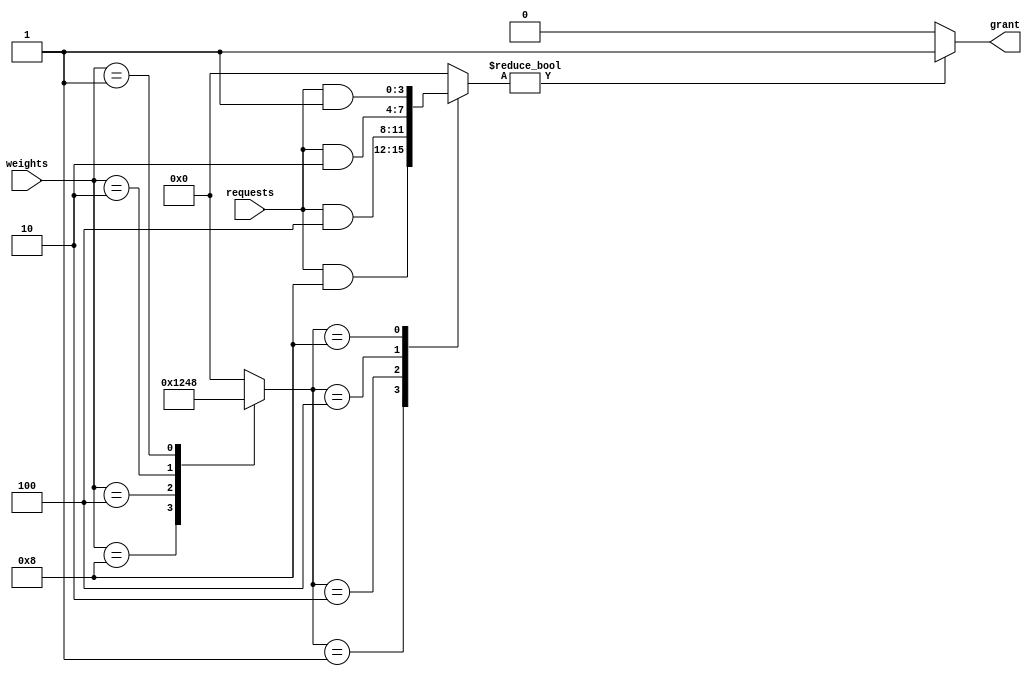
module weighted_arbiter (
  input wire [3:0] weights,
  input wire [3:0] requests,
  output reg grant
);

// Priority Encoding
reg [3:0] priority;
always @* begin
  case (weights)
    4'b1000: priority = 4'b0001; // Highest priority
    4'b0100: priority = 4'b0010;
    4'b0010: priority = 4'b0100;
    4'b0001: priority = 4'b1000; // Lowest priority
    default: priority = 4'b0000; // No request
  endcase
end

// Arbitration Decision
reg [3:0] granted;
always @* begin
  case (priority)
    4'b0001: granted = requests & 4'b1000;
    4'b0010: granted = requests & 4'b0100;
    4'b0100: granted = requests & 4'b0010;
    4'b1000: granted = requests & 4'b0001;
    default: granted = 4'b0000; // No grant
  endcase
end

// Output Control
always @* begin
  if (granted != 4'b0000)
    grant = 1'b1;
  else
    grant = 1'b0;
end

endmodule